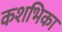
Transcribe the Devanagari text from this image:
कशभिका